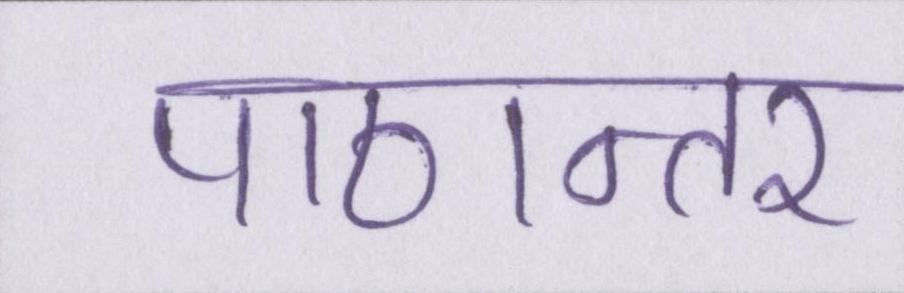
पाठान्तर